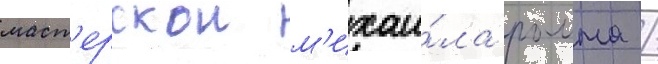
маст'ерскои м'ихаи́ла ромма /